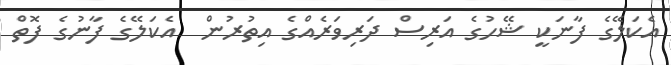
އެކަލޭގެ ފާނަކީ ޝޭހުގެ އަރިސް ދަރިވަރެއްގެ އިތުރުން  އެކަލޭގެ ފާނުގެ ފޮތް